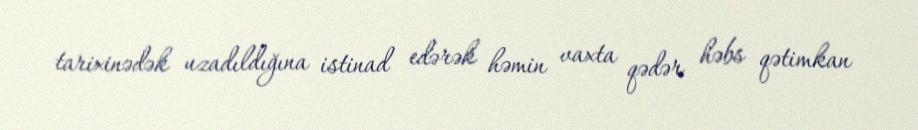
tarixinədək uzadıldığına istinad edərək həmin vaxta qədər həbs qətimkan